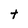
Character: t